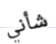
شأني